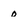
Character: 0